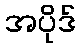
အပိုဒ်